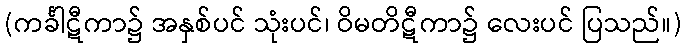
(ကင်္ခါဋီကာ၌ အနှစ်ပင် သုံးပင်၊ ဝိမတိဋီကာ၌ လေးပင် ပြသည်။)